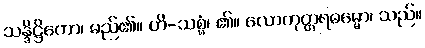
သန္ဒိဋ္ဌိကော၊ မည်၏။ ဟိ-သစ္စံ၊ ၏။ လောကုတ္တရဓမ္မော၊ သည်။